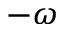
- \omega